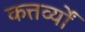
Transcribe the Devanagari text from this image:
कत्तर्व्यों